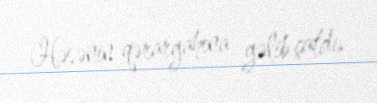
Həsənin qərargahına gəlib çatdı.